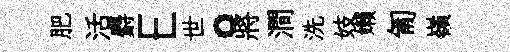
肥活麝E世。將澗洗妓嬾匍嶺